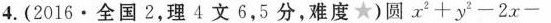
4.(2016\cdot 全国2，理4文6，5分，难度★)圆$$x^{2} + y^{2} - 2 x -$$